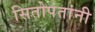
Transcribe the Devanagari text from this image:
सितोपंतांनी